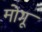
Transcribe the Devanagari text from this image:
मोगू